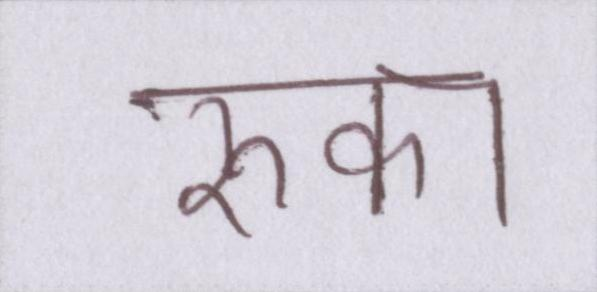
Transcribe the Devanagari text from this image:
रुका